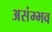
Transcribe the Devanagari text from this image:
असंम्भव